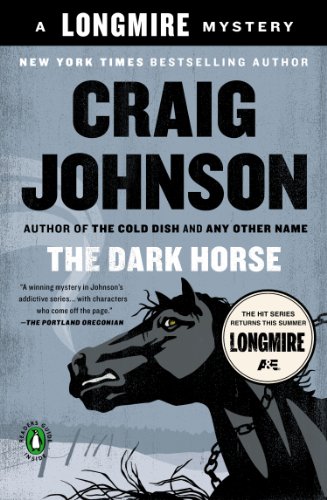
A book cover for The Dark Horse: A Walt Longmire Mystery (A Longmire Mystery); Craig Johnson; Literature & Fiction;